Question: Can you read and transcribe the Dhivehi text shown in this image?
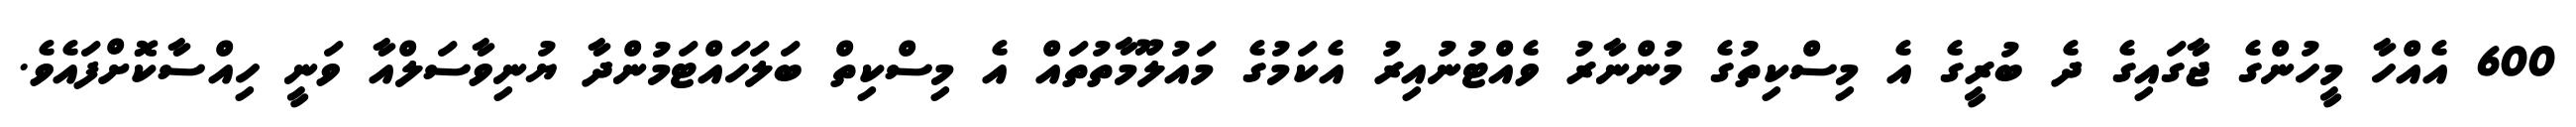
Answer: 600 އެއްހާ މީހުންގެ ޖާގައިގެ ދެ ބުރީގެ އެ މިސްކިތުގެ މުންނާރު ވެއްޓުނުއިރު އެކަމުގެ މައުލޫމާތުތައް އެ މިސްކިތް ބަލަހައްޓަމުންދާ ޔުނިވާސަލްއާ ވަނީ ހިއްސާކޮށްފައެވެ.